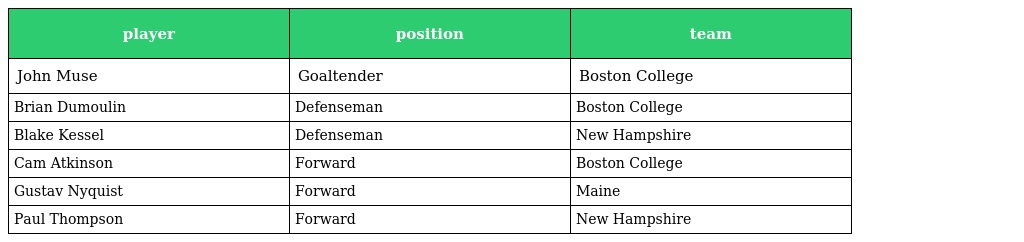
| player | position | team |
 | --- | --- | --- |
 | John Muse | Goaltender | Boston College |
 | Brian Dumoulin | Defenseman | Boston College |
 | Blake Kessel | Defenseman | New Hampshire |
 | Cam Atkinson | Forward | Boston College |
 | Gustav Nyquist | Forward | Maine |
 | Paul Thompson | Forward | New Hampshire |